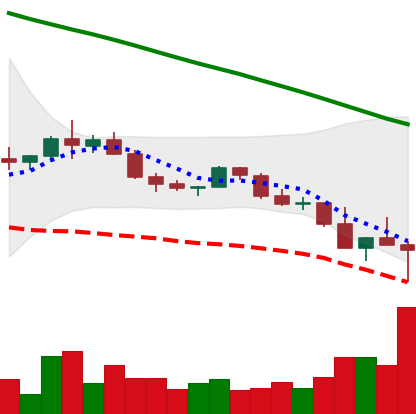
Ticker: ADA-USD
Chart end date: 2022-02-24
Forward return: 12.763%
Label: up_7plus